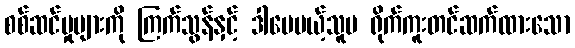
စစ်ဆင်မှုများကို ကြက်သွန်နှင့် ဒါပေမယ့်သူမ ရိုက်ကူးတင်ဆက်ထားသော